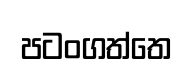
පටංගත්තෙ